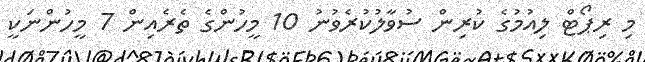
މި ރިޕޯޓް ލިއުމުގެ ކުރިން ސުވާލުކުރެވުނު 10 މީހުންގެ ތެރެއިން 7 މީހުންނަކީ